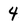
Character: 4